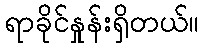
ရာခိုင်နှုန်းရှိတယ်။